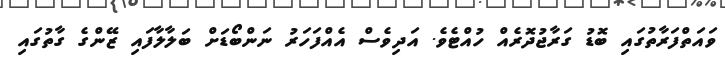
ވައަތްފަރާތުގައި ބޮޑު ގަރާޖުދޮރެއް ހުއްޓެވެ. އަދިވެސް އެއްފަހަރު ނަންބޯޑަށް ބަލާލާފައި ޒޭންގެ ގާތުގައި